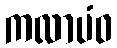
ကလာပံဝ